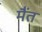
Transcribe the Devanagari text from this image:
मैंत